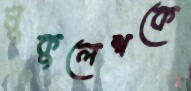
মুকুলেশকে